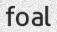
foal